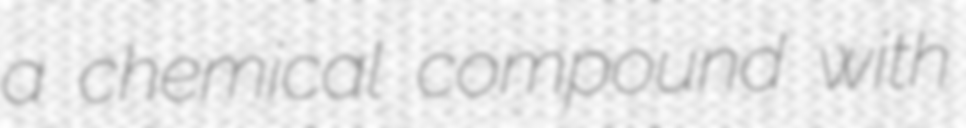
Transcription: a chemical compound with